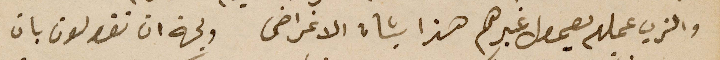
والذي عملهم يعمول غيرهم هذا بشان الاغراض ولجهة ان تقولون بان